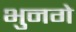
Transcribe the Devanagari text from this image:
भुनगे